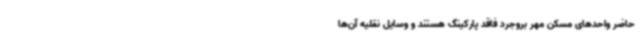
حاضر واحدهای مسکن مهر بروجرد فاقد پارکینگ هستند و وسایل نقلیه آن‌ها